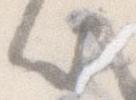
い